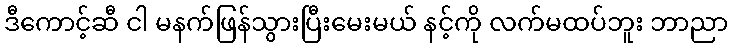
ဒီကောင့်ဆီ ငါ မနက်ဖြန်သွားပြီးမေးမယ် နင့်ကို လက်မထပ်ဘူး ဘာညာ